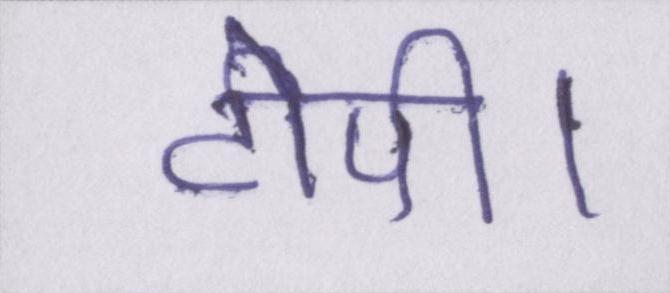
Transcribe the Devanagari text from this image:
टोपी।